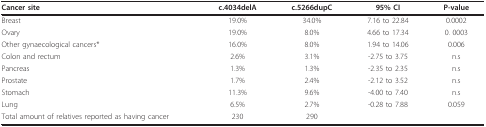
<table><thead><tr><td><b>Cancer site</b></td><td><b>c.4034delA</b></td><td><b>c.5266dupC</b></td><td><b>95% CI</b></td><td><b>P-value</b></td></tr></thead><tbody><tr><td>Breast</td><td>19.0%</td><td>34.0%</td><td>7.16 to 22.84</td><td>0.0002</td></tr><tr><td>Ovary</td><td>19.0%</td><td>8.0%</td><td>4.66 to 17.34</td><td>0. 0003</td></tr><tr><td>Other gynaecological cancers*</td><td>16.0%</td><td>8.0%</td><td>1.94 to 14.06</td><td>0.006</td></tr><tr><td>Colon and rectum</td><td>2.6%</td><td>3.1%</td><td>-2.75 to 3.75</td><td>n.s</td></tr><tr><td>Pancreas</td><td>1.3%</td><td>1.3%</td><td>-2.35 to 2.35</td><td>n.s</td></tr><tr><td>Prostate</td><td>1.7%</td><td>2.4%</td><td>-2.12 to 3.52</td><td>n.s</td></tr><tr><td>Stomach</td><td>11.3%</td><td>9.6%</td><td>-4.00 to 7.40</td><td>n.s</td></tr><tr><td>Lung</td><td>6.5%</td><td>2.7%</td><td>-0.28 to 7.88</td><td>0.059</td></tr><tr><td>Total amount of relatives reported as having cancer</td><td>230</td><td>290</td><td></td><td></td></tr></tbody></table>